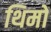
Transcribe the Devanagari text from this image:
थिमों